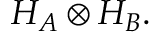
H _ { A } \otimes H _ { B } .